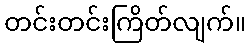
တင်းတင်းကြိတ်လျက်။